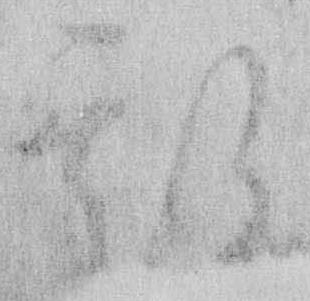
期